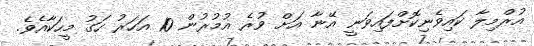
އުރްމިލާ ކައިވެނިކޮށްފައިވަނީ އޭނާ އަށް ވުރެ އުމުރުން 10 އަހަރު ހަގު މީހަކާއެވެ.